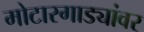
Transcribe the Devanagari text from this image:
मोटारगाड्यांवर